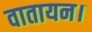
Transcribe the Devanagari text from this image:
वातायन।